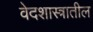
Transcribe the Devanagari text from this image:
वेदशास्त्रातील